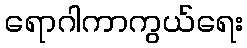
ရောဂါကာကွယ်ရေး